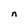
Character: n